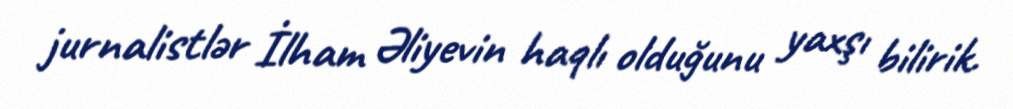
jurnalistlər İlham Əliyevin haqlı olduğunu yaxşı bilirik.